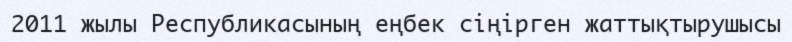
2011 жылы Республикасының еңбек сіңірген жаттықтырушысы